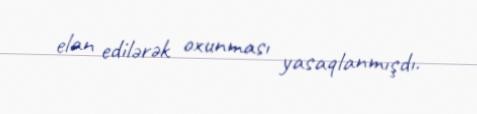
elan edilərək oxunması yasaqlanmışdı.